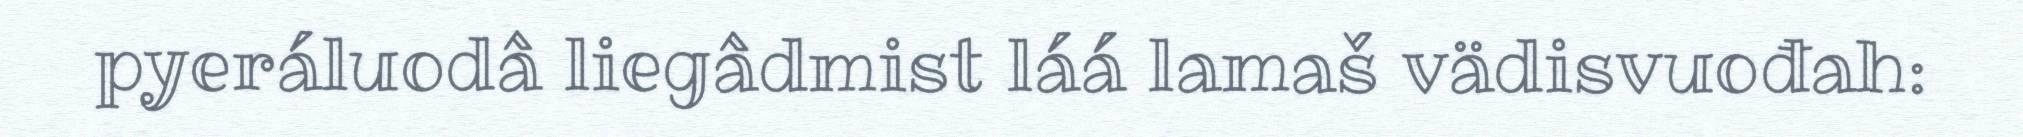
pyeráluodâ liegâdmist láá lamaš vädisvuođah: